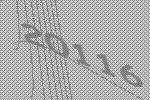
20116